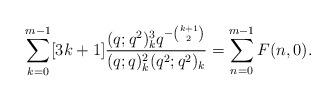
LaTeX: \begin{align*}\sum_{k=0}^{m-1}[3k+1]\frac{(q;q^2)_k^3 q^{-{k+1\choose 2} } }{(q;q)_k^2 (q^2;q^2)_k}=\sum_{n=0}^{m-1}F(n,0). \end{align*}